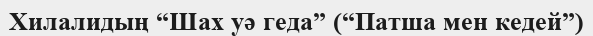
Хилалидың “Шах уә геда” (“Патша мен кедей”)